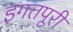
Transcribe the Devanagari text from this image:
इगतपूरी